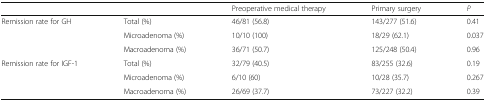
<table><thead><tr><td></td><td></td><td><b>Preoperative medical therapy</b></td><td><b>Primary surgery</b></td><td><b><i>P</i></b></td></tr></thead><tbody><tr><td rowspan="3">Remission rate for GH</td><td>Total (%)</td><td>46/81 (56.8)</td><td>143/277 (51.6)</td><td>0.41</td></tr><tr><td>Microadenoma (%)</td><td>10/10 (100)</td><td>18/29 (62.1)</td><td>0.037</td></tr><tr><td>Macroadenoma (%)</td><td>36/71 (50.7)</td><td>125/248 (50.4)</td><td>0.96</td></tr><tr><td rowspan="3">Remission rate for IGF-1</td><td>Total (%)</td><td>32/79 (40.5)</td><td>83/255 (32.6)</td><td>0.19</td></tr><tr><td>Microadenoma (%)</td><td>6/10 (60)</td><td>10/28 (35.7)</td><td>0.267</td></tr><tr><td>Macroadenoma (%)</td><td>26/69 (37.7)</td><td>73/227 (32.2)</td><td>0.39</td></tr></tbody></table>